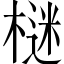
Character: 𣗌